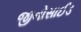
જીનોસાઈડ